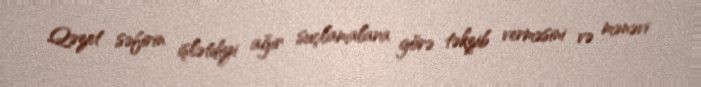
Qəzet səfirin işlətdiyi ağır suçlamalara görə təkzib verməsini və mənəvi